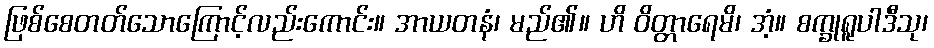
ဖြစ်စေတတ်သောကြောင့်လည်းကောင်း။ အာယတနံ၊ မည်၏။ ဟိ ဝိတ္တာရေမိ၊ အံ့။ စက္ခုရူပါဒီသု၊